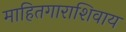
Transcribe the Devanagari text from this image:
माहितगाराशिवाय